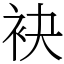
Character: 袂